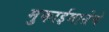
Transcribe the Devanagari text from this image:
मुकाईमातेचे